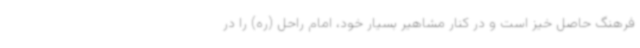
فرهنگ حاصل خیز است و در کنار مشاهیر بسیار خود، امام راحل (ره) را در